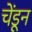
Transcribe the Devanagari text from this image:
चेंडून